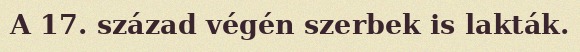
A 17. század végén szerbek is lakták.